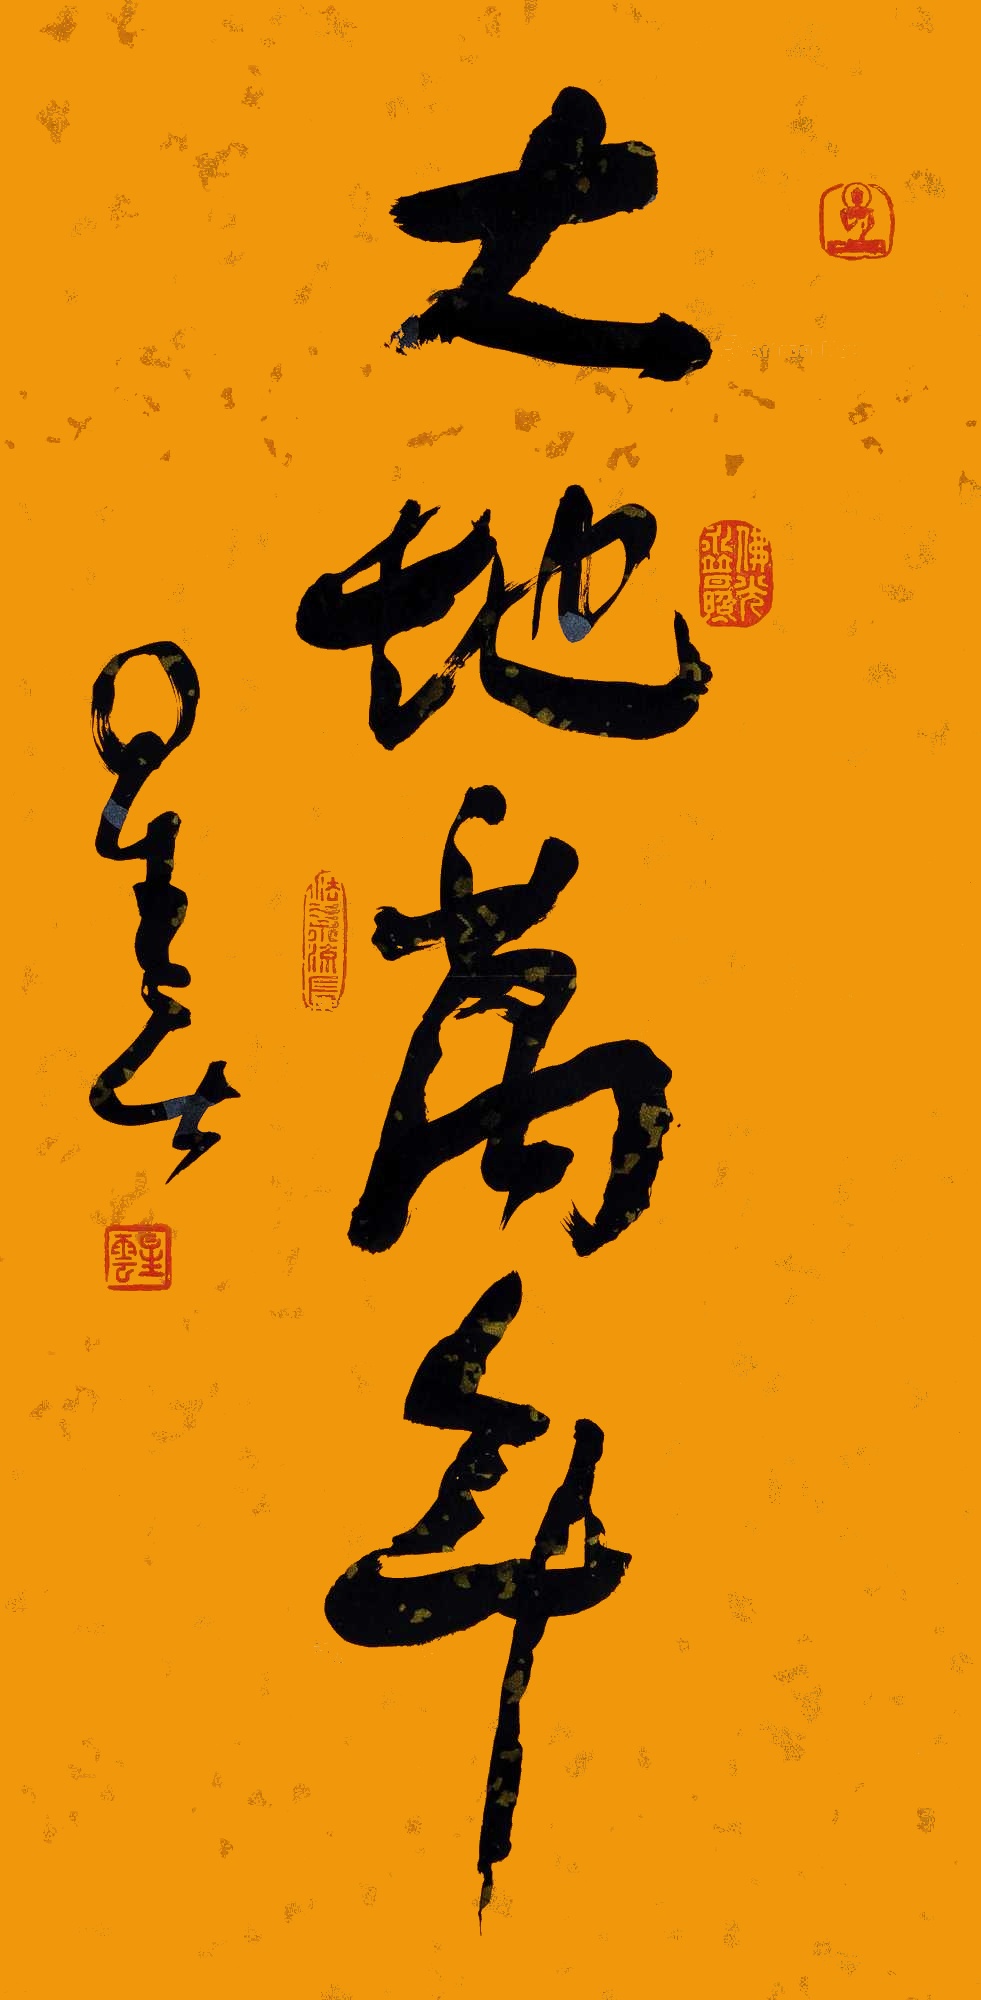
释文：大地万年星云